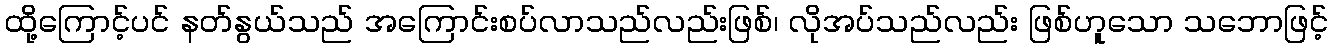
ထို့ကြောင့်ပင် နတ်နွယ်သည် အကြောင်းစပ်လာသည်လည်းဖြစ်၊ လိုအပ်သည်လည်း ဖြစ်ဟူသော သဘောဖြင့်